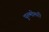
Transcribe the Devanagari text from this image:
पुल्मोमरी